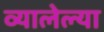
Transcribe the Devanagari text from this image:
व्यालेल्या